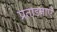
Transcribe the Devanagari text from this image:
प्रताड़नाएँ